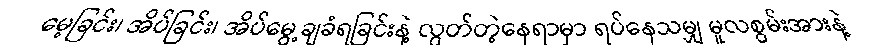
မေ့ခြင်း၊ အိပ်ခြင်း၊ အိပ်မွေ့ချခံရခြင်းနဲ့ လွတ်တဲ့နေရာမှာ ရပ်နေသမျှ မူလစွမ်းအားနဲ့